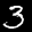
Label: 3